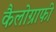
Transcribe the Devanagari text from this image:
कैलोग्राफी